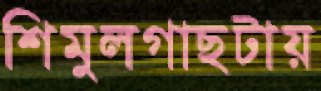
শিমুলগাছটায়